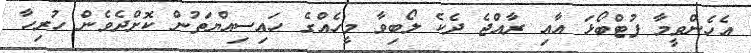
އެހެންވީމާ ފުޓްބޯޅަ އާއި ރާއްޖެ ދެކެ ލޯބިވާ މީހެއްގެ ހައިސިއްޔަތުން ކޮށްދެވެން ހުރިހާ